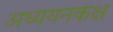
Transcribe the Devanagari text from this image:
अध्ययनकक्ष